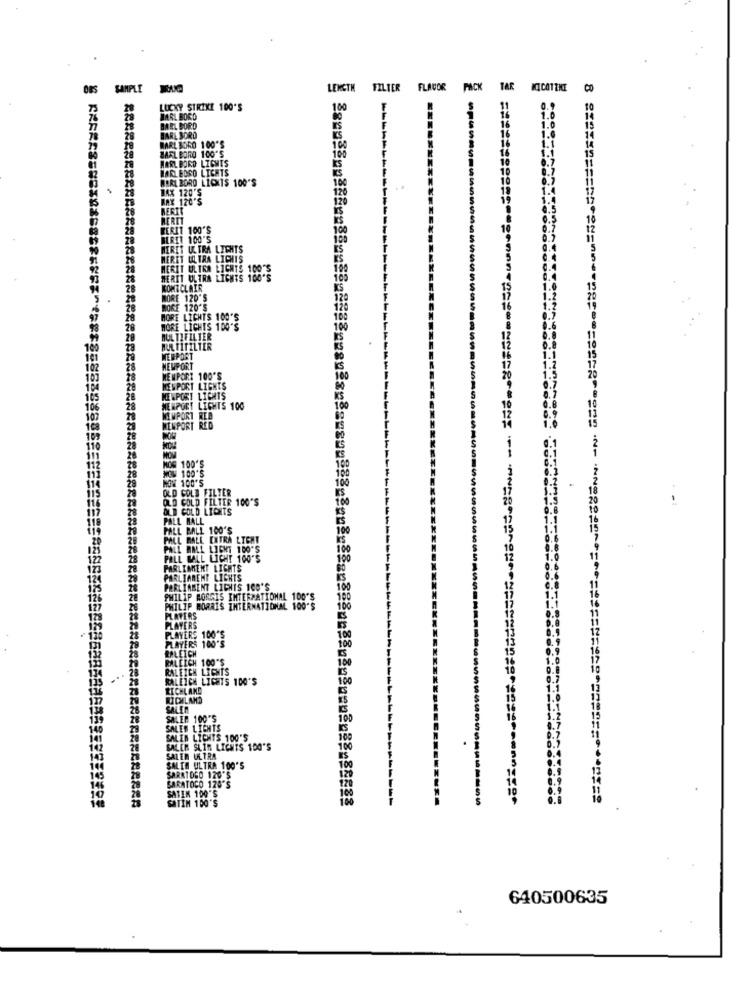
SAMPLE
LENGTH FILTER FLAVOR PACK TAR
00
LUCKY STRIKE 100'S
100
MARL BORD
BARL BORD
BARE BORD
BARL BORO 1 00'S
100
28
MARLBORO 10
100
HARL BORD LIGHTS
HAR BOSO LI
BARL BORD LICHTS 100'S
120
MAX 120'S
MAX 120'S
120
------
BERIT
MERIT
RERIT 100'S
BERIT 100'S
MERET ULTRA LIGHTS
HERET ULTRA LICHTS
MERIT ULTRA LIGHTS 100'S
MERIT ULTRA LIGHTS 100'S
KOMT CLAIR
MORE 120'S
MORE 120'S
120
MORE LICHTS 100'S
MORE LICHES 100'S
100
MUL THE IL IER
MULTITZLTER
MERPORT
NEWPORT
107
28
NEWPORT 100'S
NEWPORT LIGHTS
KELPORT LIGHTS
106
NEWPORT LIGHTS 100
100
107
MIMPORT RED
1C
MENPORT R
KKER[&## ************** #####85398885
28
28
MOG 100'S
28
100
28
MOM 100'S
HOW 100'S
100
100
OLD GOLD FILTER
OLD GOLD FILTER 100'S
OLD GOLD LICHTS
28
PALL MALL
PALL BALL 100'S
100
29
PALL MALL EXTRA LIGHT
PALL MALL LICK
PELL WILL LICHT 100'S
PARLINSENT LIGHTS
PARLIAMENT LIGHTS
PARLIAMENT LICHTS 100'S
100
PHILIP MORGIS INTERNATIONAL 100'S
100
PHILIP MORRIS INTERNATIONAL 100'S
100
PLAYERS
PLAYERS
LAYERS 100'S
PLAYERS 100'S
RALETCH
RALEIGH 100'S
RALEIGH LIENTS
RALEICH LIGHTS 100'S
RICHLAND
RICHLAND
SALER
28
SALEN 100'S
L LIGHTS
20
EN LICHTS 100'S
SALEM SLIM LICHES 100'S
143
SALEN ULTRA
SALIH ULTRA 100'S
SARATOGO 120'S
SARATOCO 128'S
SATIN 100'S
SATIN 100'S
640500635